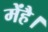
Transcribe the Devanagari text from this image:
मेंहै।